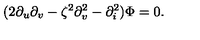
( 2 \partial _ { u } \partial _ { v } - \zeta ^ { 2 } \partial _ { v } ^ { 2 } - \partial _ { i } ^ { 2 } ) \Phi = 0 .